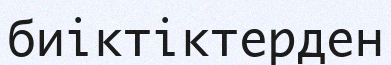
биіктіктерден